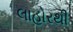
લાહોરથી